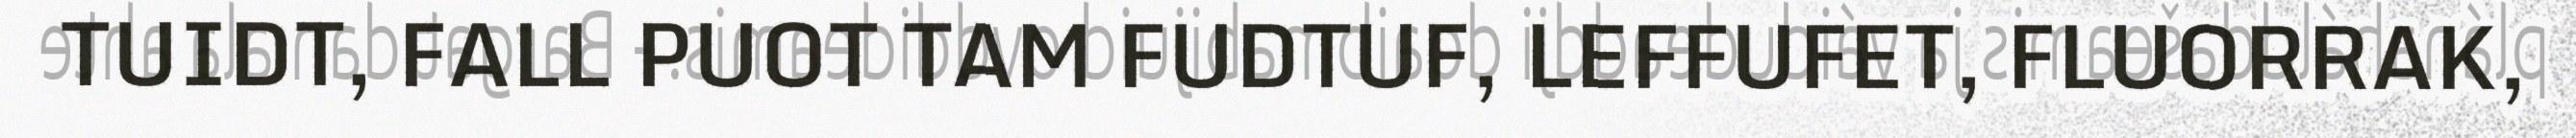
TUIDT, FALL PUOT TAM FUDTUF, LEFFUFET, FLUORRAK,